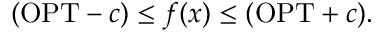
( \mathrm { O P T } - c ) \leq f ( x ) \leq ( \mathrm { O P T } + c ) .